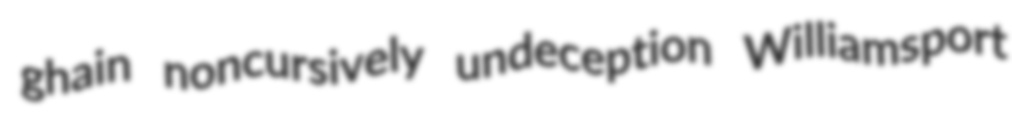
ghain noncursively undeception Williamsport